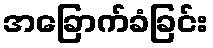
အခြောက်ခံခြင်း